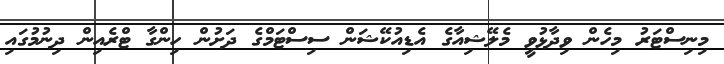
މިނިސްޓަރު މިހެން ވިދާޅުވީ މެލޭޝިއާގެ އެޑިއުކޭޝަން ސިސްޓަމްގެ ދަށުން ހިންގާ ޓްރެއިން ދިނުމުގައި